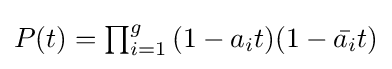
{\textstyle P(t)=\prod _{i=1}^{g}{(1-a_{i}t)(1-{\bar {a_{i}}}t)}}